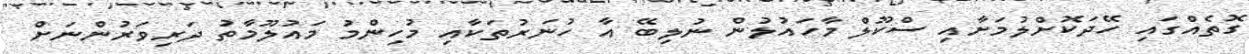
ގޮތެއްގައި ހޭދަކޮށްލުމަށާއި ސްކޫލް މާހައުލުން ނުލިބޭ އާ ހުނަރުތަކާއި މުހިންމު މައުލޫމާތު ދަރިވަރުންނަށް